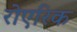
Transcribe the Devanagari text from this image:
रोएरिक